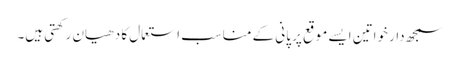
سمجھ دار خواتین ایسے موقع پر پانی کے مناسب استعمال کا دھیان رکھتی ہیں۔